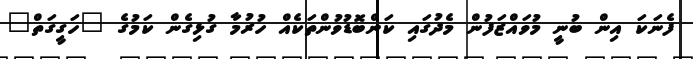
ފެނަކަ އިން ބުނީ މުވައްޒަފުން މެދުގައި ކަންބޮޑުވުންތަކެއް ހުރުމާ ގުޅިގެން ކަމުގެ "ހަގީގަތް"